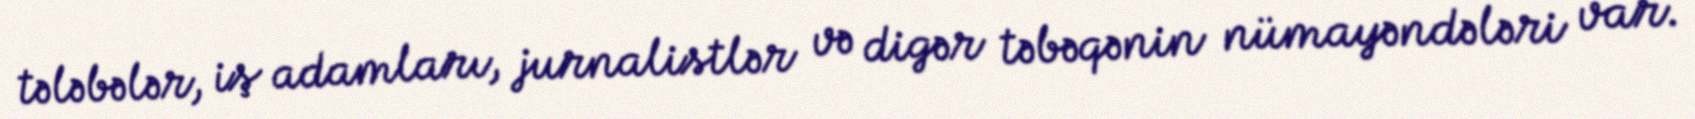
tələbələr, iş adamları, jurnalistlər və digər təbəqənin nümayəndələri var.